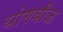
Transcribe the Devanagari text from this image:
योगबीज